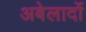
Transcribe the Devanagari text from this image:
अबेलार्दो